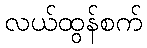
လယ်ထွန်စက်